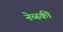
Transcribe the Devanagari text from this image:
नेव्स्की